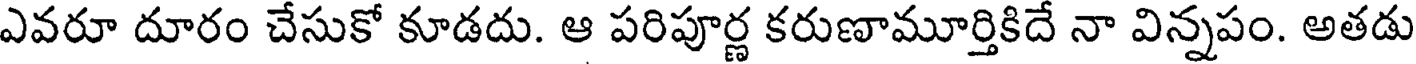
ఎవరూ దూరం చేసుకో కూడదు. ఆ పరిపూర్ణ కరుణామూర్తికిదే నా విన్నపం. అతడు